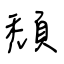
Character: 頹